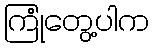
ကြုံတွေ့ပါက